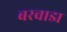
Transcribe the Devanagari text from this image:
बरवाडा